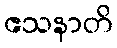
ဧသနာတိ